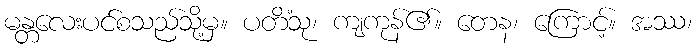
မန္တလေးပင်စသည်သို့မှ။ ပတိံသု၊ ကျကုန်၏။ တေန၊ ကြောင့်။ အဿ၊